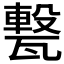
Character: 𤮈